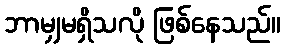
ဘာမျှမရှိသလို ဖြစ်နေသည်။